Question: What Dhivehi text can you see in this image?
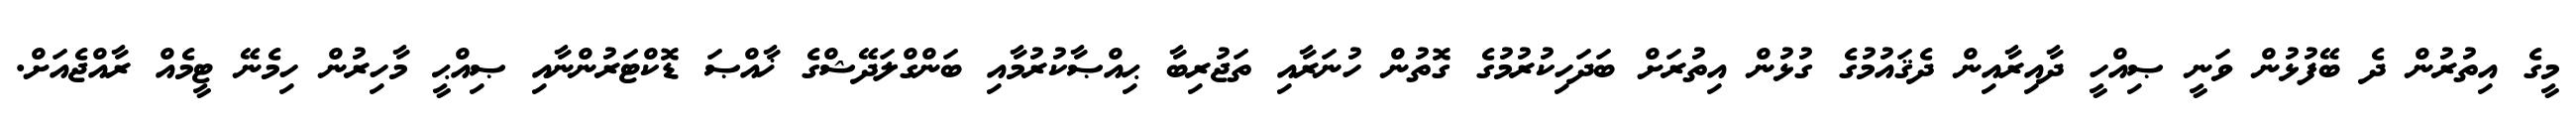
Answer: މީގެ އިތުރުން ދެ ބޭފުޅުން ވަނީ ޞިއްހީ ދާއިރާއިން ދެޤައުމުގެ ގުޅުން އިތުރަށް ބަދަހިކުރުމުގެ ގޮތުން ހުނަރާއި ތަޖުރިބާ ޙިއްޞާކުރުމާއި ބަންގްލަދޭޝްގެ ޚާއްޞަ ޑޮކްޓަރުންނާއި ޞިއްޙީ މާހިރުން ހިމެނޭ ޓީމެއް ރާއްޖެއަށް.